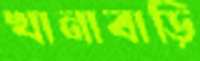
খানাবাড়ি